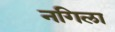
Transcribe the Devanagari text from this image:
नगिला